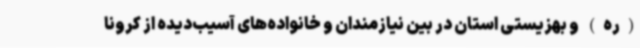
(ره) و بهزیستی استان در بین نیازمندان و خانواده‌های آسیب‌دیده از کرونا